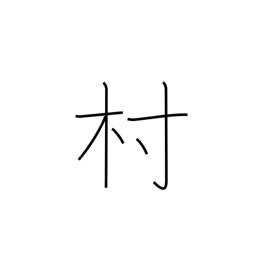
Meaning: town